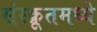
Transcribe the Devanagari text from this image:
संस्क्रूतमध्ये